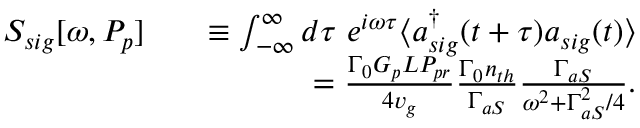
\begin{array} { r l r } { S _ { s i g } [ \omega , P _ { p } ] } & { } & { \equiv \int _ { - \infty } ^ { \infty } d \tau \ e ^ { i \omega \tau } \langle a _ { s i g } ^ { \dag } ( t + \tau ) a _ { s i g } ( t ) \rangle } \\ & { } & { = \frac { \Gamma _ { 0 } G _ { p } L P _ { p r } } { 4 v _ { g } } \frac { \Gamma _ { 0 } n _ { t h } } { \Gamma _ { a S } } \frac { \Gamma _ { a S } } { \omega ^ { 2 } + \Gamma _ { a S } ^ { 2 } / 4 } . } \end{array}